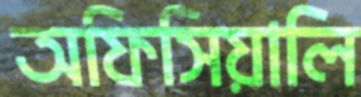
অফিসিয়ালি